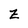
Character: Z